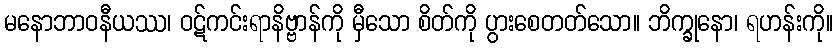
မနောဘာဝနီယဿ၊ ဝဋ်ကင်းရာနိဗ္ဗာန်ကို မှီသော စိတ်ကို ပွားစေတတ်သော။ ဘိက္ခုနော၊ ရဟန်းကို။